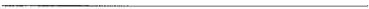
___